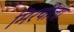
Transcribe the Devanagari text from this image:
मिरचीला